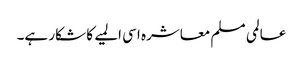
عالمی مسلم معاشرہ اسی المیے کا شکار ہے۔